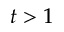
t > 1